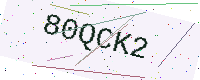
Text: 80QCK2